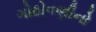
ગોઠોવણીનો